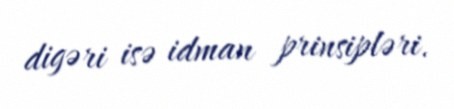
digəri isə idman prinsipləri.